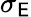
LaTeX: \sigma_{\mathsf{E}}